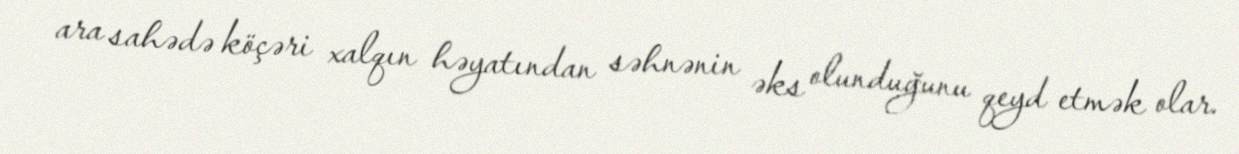
ara sahədə köçəri xalqın həyatından səhnənin əks olunduğunu qeyd etmək olar.